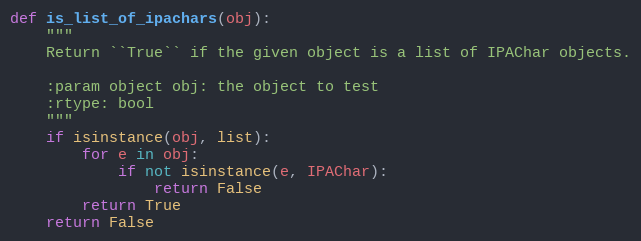
Language: Python
def is_list_of_ipachars(obj):
    """
    Return ``True`` if the given object is a list of IPAChar objects.

    :param object obj: the object to test
    :rtype: bool
    """
    if isinstance(obj, list):
        for e in obj:
            if not isinstance(e, IPAChar):
                return False
        return True
    return False